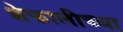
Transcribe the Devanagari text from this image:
शेफालीच्या